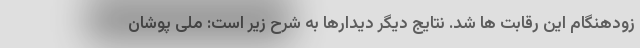
زودهنگام این رقابت ها شد. نتایج دیگر دیدارها به شرح زیر است: ملی پوشان